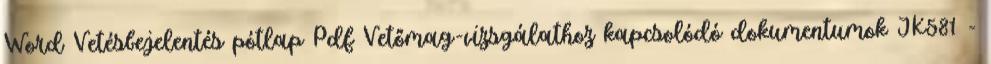
Word Vetésbejelentés pótlap Pdf Vetőmag-vizsgálathoz kapcsolódó dokumentumok JK581 -